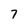
Character: 7